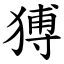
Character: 猼